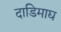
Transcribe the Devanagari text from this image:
दाडिमाद्य